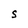
Character: s